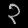
Digit: ၃